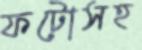
ফটোসহ